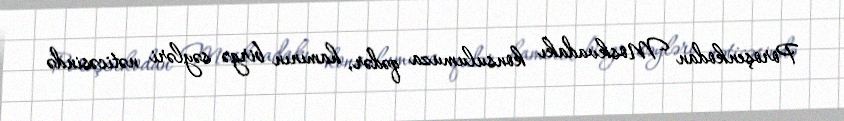
Poroşenkodan Moskvadakı konsulumuza qədər, hamının birgə səyləri nəticəsində